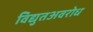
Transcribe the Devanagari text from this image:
विद्युतअवरोध